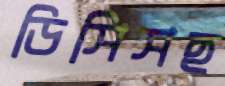
ডিসিসহ